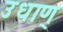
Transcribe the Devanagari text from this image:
उधाण्